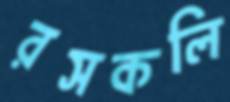
রসকলি